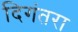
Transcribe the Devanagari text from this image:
दिगंतरा